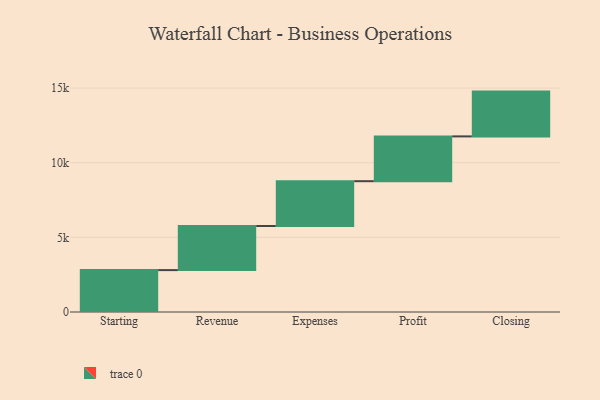
{"axis": {"x": "Step", "y": "Value"}, "legend": [""], "data": [{"x": "Starting", "y": 2806.0, "type": ""}, {"x": "Revenue", "y": 2955.0, "type": ""}, {"x": "Expenses", "y": 3000, "type": ""}, {"x": "Profit", "y": 3000, "type": ""}, {"x": "Closing", "y": 3000, "type": ""}]}